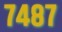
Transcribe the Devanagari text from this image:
७४८७